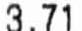
3.71